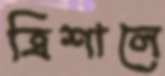
ত্রিশালে